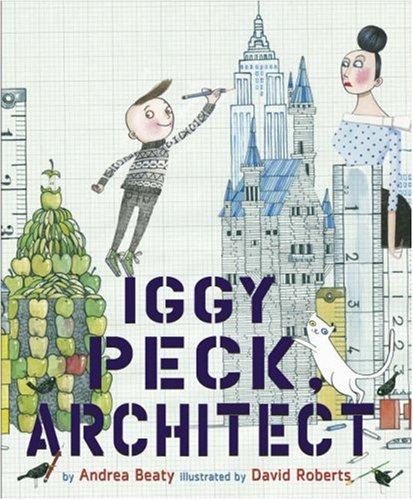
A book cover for Iggy Peck, Architect; Andrea Beaty; Children's Books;